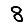
Digit: 8